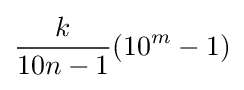
{\frac {k}{10n-1}}(10^{m}-1)